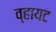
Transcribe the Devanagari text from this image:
व्हायट